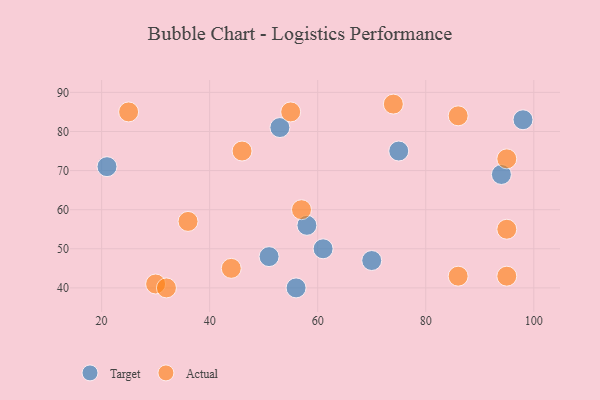
{"axis": {"x": "GDP", "y": "Life Expectancy"}, "legend": ["Actual", "Target"], "data": [{"x": "75", "y": 75, "type": "Target"}, {"x": "61", "y": 50, "type": "Target"}, {"x": "58", "y": 56, "type": "Target"}, {"x": "70", "y": 47, "type": "Target"}, {"x": "21", "y": 71, "type": "Target"}, {"x": "53", "y": 81, "type": "Target"}, {"x": "94", "y": 69, "type": "Target"}, {"x": "98", "y": 83, "type": "Target"}, {"x": "56", "y": 40, "type": "Target"}, {"x": "51", "y": 48, "type": "Target"}, {"x": "30", "y": 41, "type": "Actual"}, {"x": "36", "y": 57, "type": "Actual"}, {"x": "95", "y": 55, "type": "Actual"}, {"x": "95", "y": 73, "type": "Actual"}, {"x": "46", "y": 75, "type": "Actual"}, {"x": "44", "y": 45, "type": "Actual"}, {"x": "86", "y": 84, "type": "Actual"}, {"x": "32", "y": 40, "type": "Actual"}, {"x": "55", "y": 85, "type": "Actual"}, {"x": "25", "y": 85, "type": "Actual"}, {"x": "57", "y": 60, "type": "Actual"}, {"x": "74", "y": 87, "type": "Actual"}, {"x": "86", "y": 43, "type": "Actual"}, {"x": "95", "y": 43, "type": "Actual"}]}